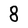
Character: 8